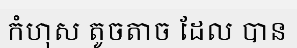
កំហុស តូចតាច ដែល បាន